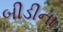
બીડીના